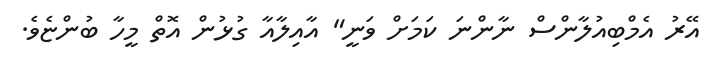
އޭރު އެމްބިއުލާންސް ނާންނަ ކަމަށް ވަނީ" އާއިލާއާ ގުޅުން އޮތް މީހާ ބުންޏެވެ.